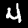
Label: 4